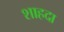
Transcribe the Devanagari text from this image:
शाहदा